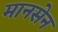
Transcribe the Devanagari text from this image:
मानसेन